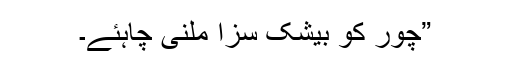
”چور کو بیشک سزا ملنی چاہئے۔